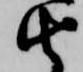
由